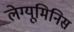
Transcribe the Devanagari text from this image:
लेग्यूमिनिस